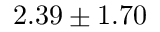
2 . 3 9 \pm 1 . 7 0